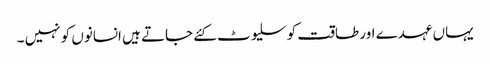
یہاں عہدے اور طاقت کو سلیوٹ کئے جاتے ہیں انسانوں کو نہیں ۔